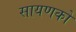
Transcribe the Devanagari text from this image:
सायणको